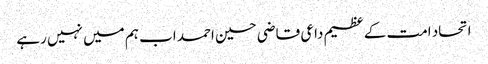
اتحاد امت کے عظیم داعی قاضی حسین احمد اب ہم میں نہیں رہے